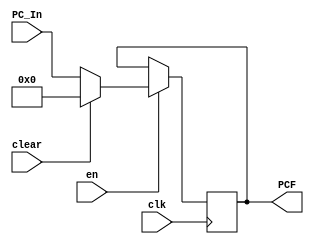
`timescale 1ns / 1ps
// OK
//////////////////////////////////////////////////////////////////////////////////
// Company: USTC ESLAB 
// 
// Design Name: RISCV-Pipline CPU
// Module Name: IFSegReg
// Target Devices: Nexys4
// Tool Versions: Vivado 2017.4.1
// Description: PC Register
//////////////////////////////////////////////////////////////////////////////////
//
    //IDSegRegIF-ID
//  
    //

module IFSegReg(
    input wire clk,
    input wire en, clear,
    input wire [31:0] PC_In,
    output reg [31:0] PCF
    );
    initial PCF = 0;
    
    always@(posedge clk)
        if(en) begin
            if(clear)
                PCF <= 0;
            else 
                PCF <= PC_In;
        end
    
endmodule